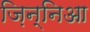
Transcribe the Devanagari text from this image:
ज़िन्निआ